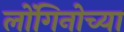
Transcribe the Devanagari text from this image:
लोंगिनोच्या